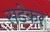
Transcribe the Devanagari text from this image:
सडेकर